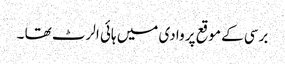
برسی کے موقع پر وادی میں ہائی الرٹ تھا ۔